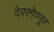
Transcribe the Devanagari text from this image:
देवरगेण्णूर